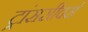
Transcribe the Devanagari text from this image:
ट्रांससीवर्स